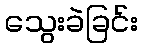
သွေးခဲခြင်း